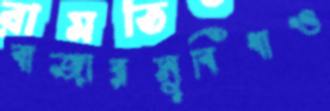
বাজারসুবিধাও